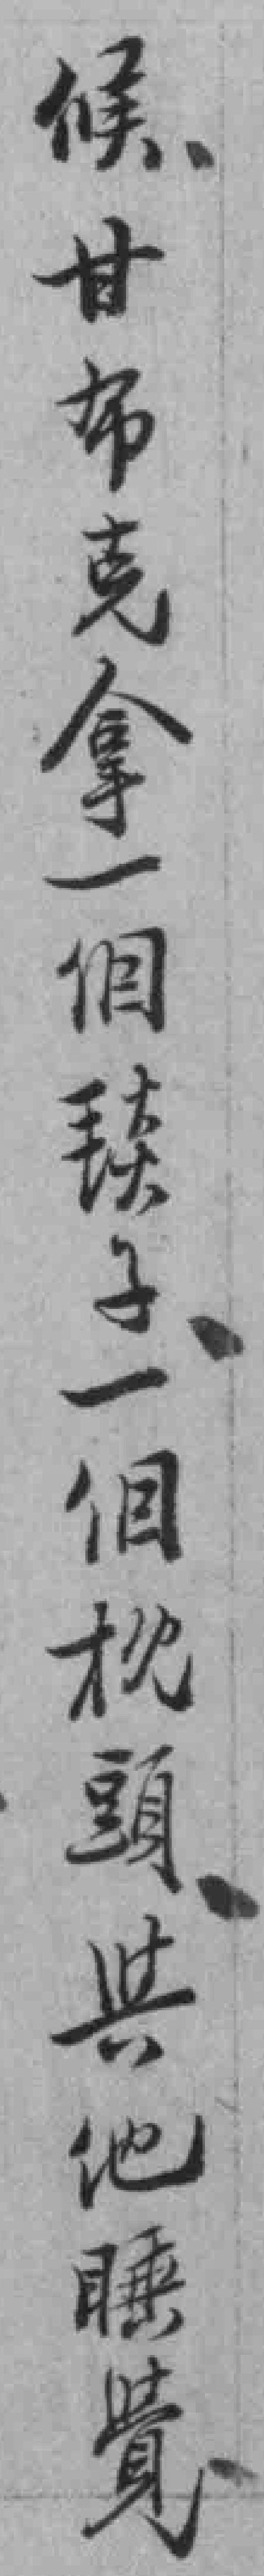
候甘布克拿一個毯子一個枕頭與他睡覺